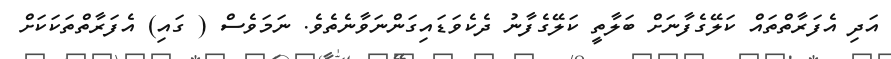
އަދި އެފަރާތްތައް ކަލޭގެފާނަށް ބަލާތީ ކަލޭގެފާނު ދެކެވަޑައިގަންނަވާނެތެވެ. ނަމަވެސް ( ގައި) އެފަރާތްތަކަކަށް